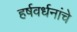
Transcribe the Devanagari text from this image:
हर्षवर्धनांचे